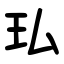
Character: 㺨